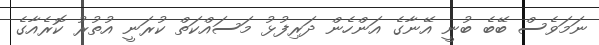
ނަމަވެސް ބޭބެ ބުނީ އޭނާގެ އަންހެން ދަރިފުޅު މަސައްކަތް ކުރަނީ އުތުރު ކޮރެއާގެ